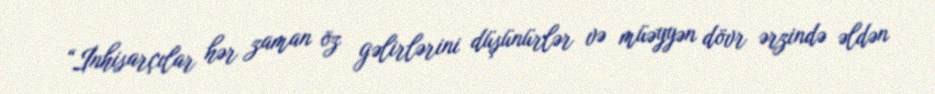
“İnhisarçılar hər zaman öz gəlirlərini düşünürlər və müəyyən dövr ərzində əldən